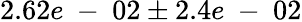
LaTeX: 2.62e\mathrm{~-~}02\pm 2.4e\mathrm{~-~}02